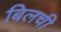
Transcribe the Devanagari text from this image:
बिलची